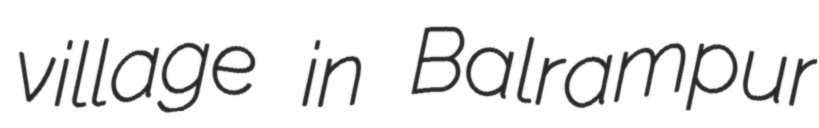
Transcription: village in Balrampur